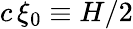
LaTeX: c\, \xi_{0}\equiv H/2